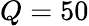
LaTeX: Q=50